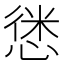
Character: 𢝱